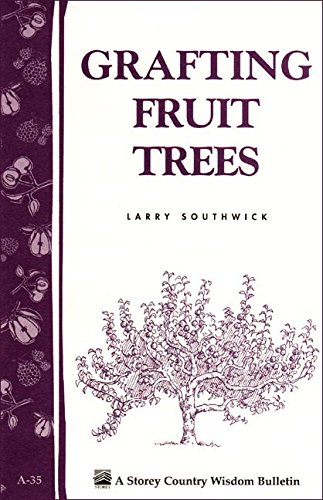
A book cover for Grafting Fruit Trees: Storey's Country Wisdom Bulletin A-35 (Storey Country Wisdom Bulletin); Larry Southwick; Crafts, Hobbies & Home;